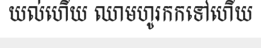
យល់ហើយ ឈាមហូរកកទៅហើយ